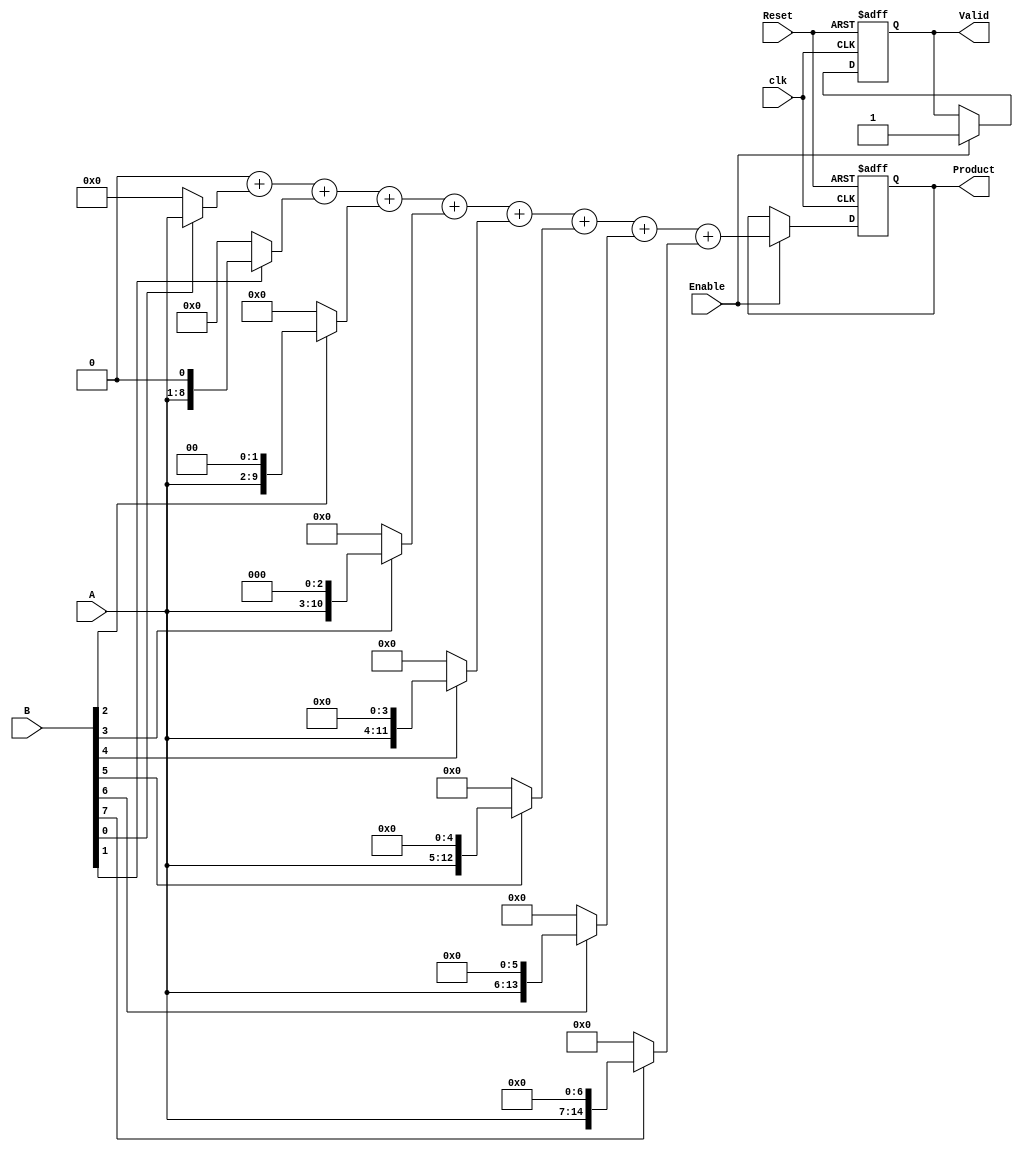
module PartialProductAccumulator #(
    parameter N = 8, // Width of multiplicand A
    parameter M = 8  // Width of multiplier B
)(
    input  wire [N-1:0] A,       // Operand 1 (multiplicand)
    input  wire [M-1:0] B,       // Operand 2 (multiplier)
    input  wire Enable,           // Control signal to enable accumulation
    input  wire Reset,            // Asynchronous reset signal
    input  wire clk,              // Clock signal
    output reg  [N+M-1:0] Product, // Final product output
    output reg  Valid             // Signal indicating product is valid
);

    // Internal signals for partial products and accumulated sum
    reg [N+M-1:0] partial_products [0:M-1]; // Array of partial products
    reg [N+M-1:0] Accumulator; // Accumulator for summing partial products
    integer i; // Loop variable

    // Generate partial products based on multiplier bits
    always @* begin
        for (i = 0; i < M; i = i + 1) begin
            partial_products[i] = (B[i] == 1'b1) ? (A << i) : 0; // Generate partial product
        end
    end

    // Accumulate partial products
    always @(posedge clk or posedge Reset) begin
        if (Reset) begin
            Product <= 0;         // Clear product on reset
            Accumulator <= 0;     // Clear accumulator on reset
            Valid <= 0;           // Set valid to false
        end else if (Enable) begin
            // Perform accumulation
            Accumulator = 0; // Reset accumulator
            for (i = 0; i < M; i = i + 1) begin
                Accumulator = Accumulator + partial_products[i]; // Sum partial products
            end
            Product <= Accumulator; // Update product
            Valid <= 1;             // Indicate valid output
        end
    end

endmodule